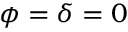
\phi = \delta = 0